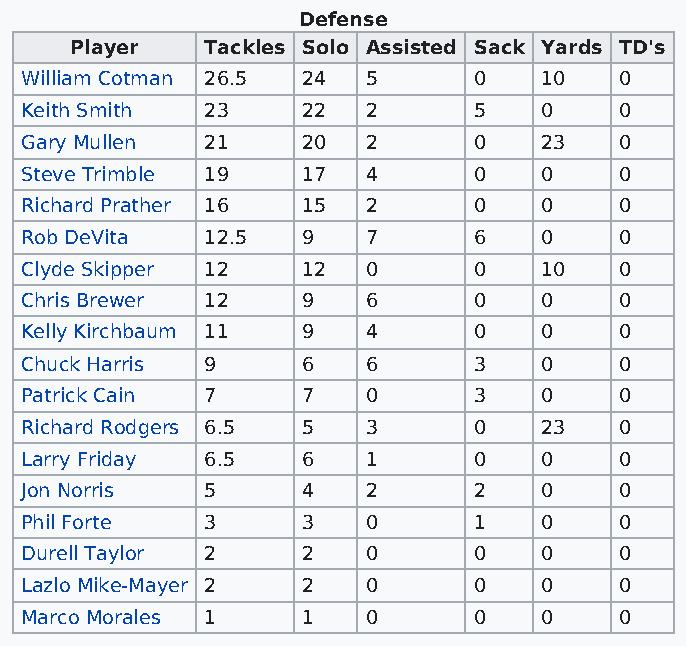
Defense
 Player   Tackles Solo Assisted Sack Yards TD's
 William Cotman 26.5 24 5      0    10   0
 Keith Smith  23    22  2      5    0    0
 Gary Mullen  21    20  2      0    23   0
 Steve Trimble 19   17  4      0    0    0
 Richard Prather 16 15  2      0    0    0
 Rob DeVita   12.5  9   7      6    0    0
 Clyde Skipper 12   12  0      0    10   0
 Chris Brewer 12    9   6      0    0    0
 Kelly Kirchbaum 11 9   4      0    0    0
 Chuck Harris 9     6   6      3    0    0
 Patrick Cain 7     7   0      3    0    0
 Richard Rodgers 6.5 5  3      0    23   0
 Larry Friday 6.5   6   1      0    0    0
 Jon Norris   5     4   2      2    0    0
 Phil Forte   3     3   0      1    0    0
 Durell Taylor 2    2   0      0    0    0
 Lazlo Mike-Mayer 2 2   0      0    0    0
 Marco Morales 1    1   0      0    0    0